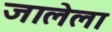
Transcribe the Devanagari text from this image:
जालेला